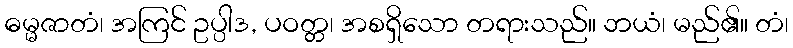
ဓမ္မဇာတံ၊ အကြင် ဥပ္ပါဒ, ပဝတ္တ၊ အစရှိသော တရားသည်။ ဘယံ၊ မည်၏။ တံ၊